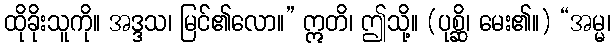
ထိုခိုးသူကို။ အဒ္ဒသ၊ မြင်၏လော။” ဣတိ၊ ဤသို့။ (ပုစ္ဆိ၊ မေး၏။) “အမ္မ၊